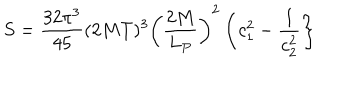
LaTeX: S = { \frac { 3 2 \pi ^ { 3 } } { 4 5 } } ( 2 M T ) ^ { 3 } \left( { \frac { 2 M } { L _ { P } } } \right) ^ { 2 } \left\{ c _ { 1 } ^ { 2 } - { \frac { 1 } { c _ { 2 } ^ { 2 } } } \right\}